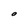
Character: O